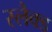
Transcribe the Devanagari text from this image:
स्लैक्ड